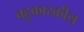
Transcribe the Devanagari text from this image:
बहुकारकीय